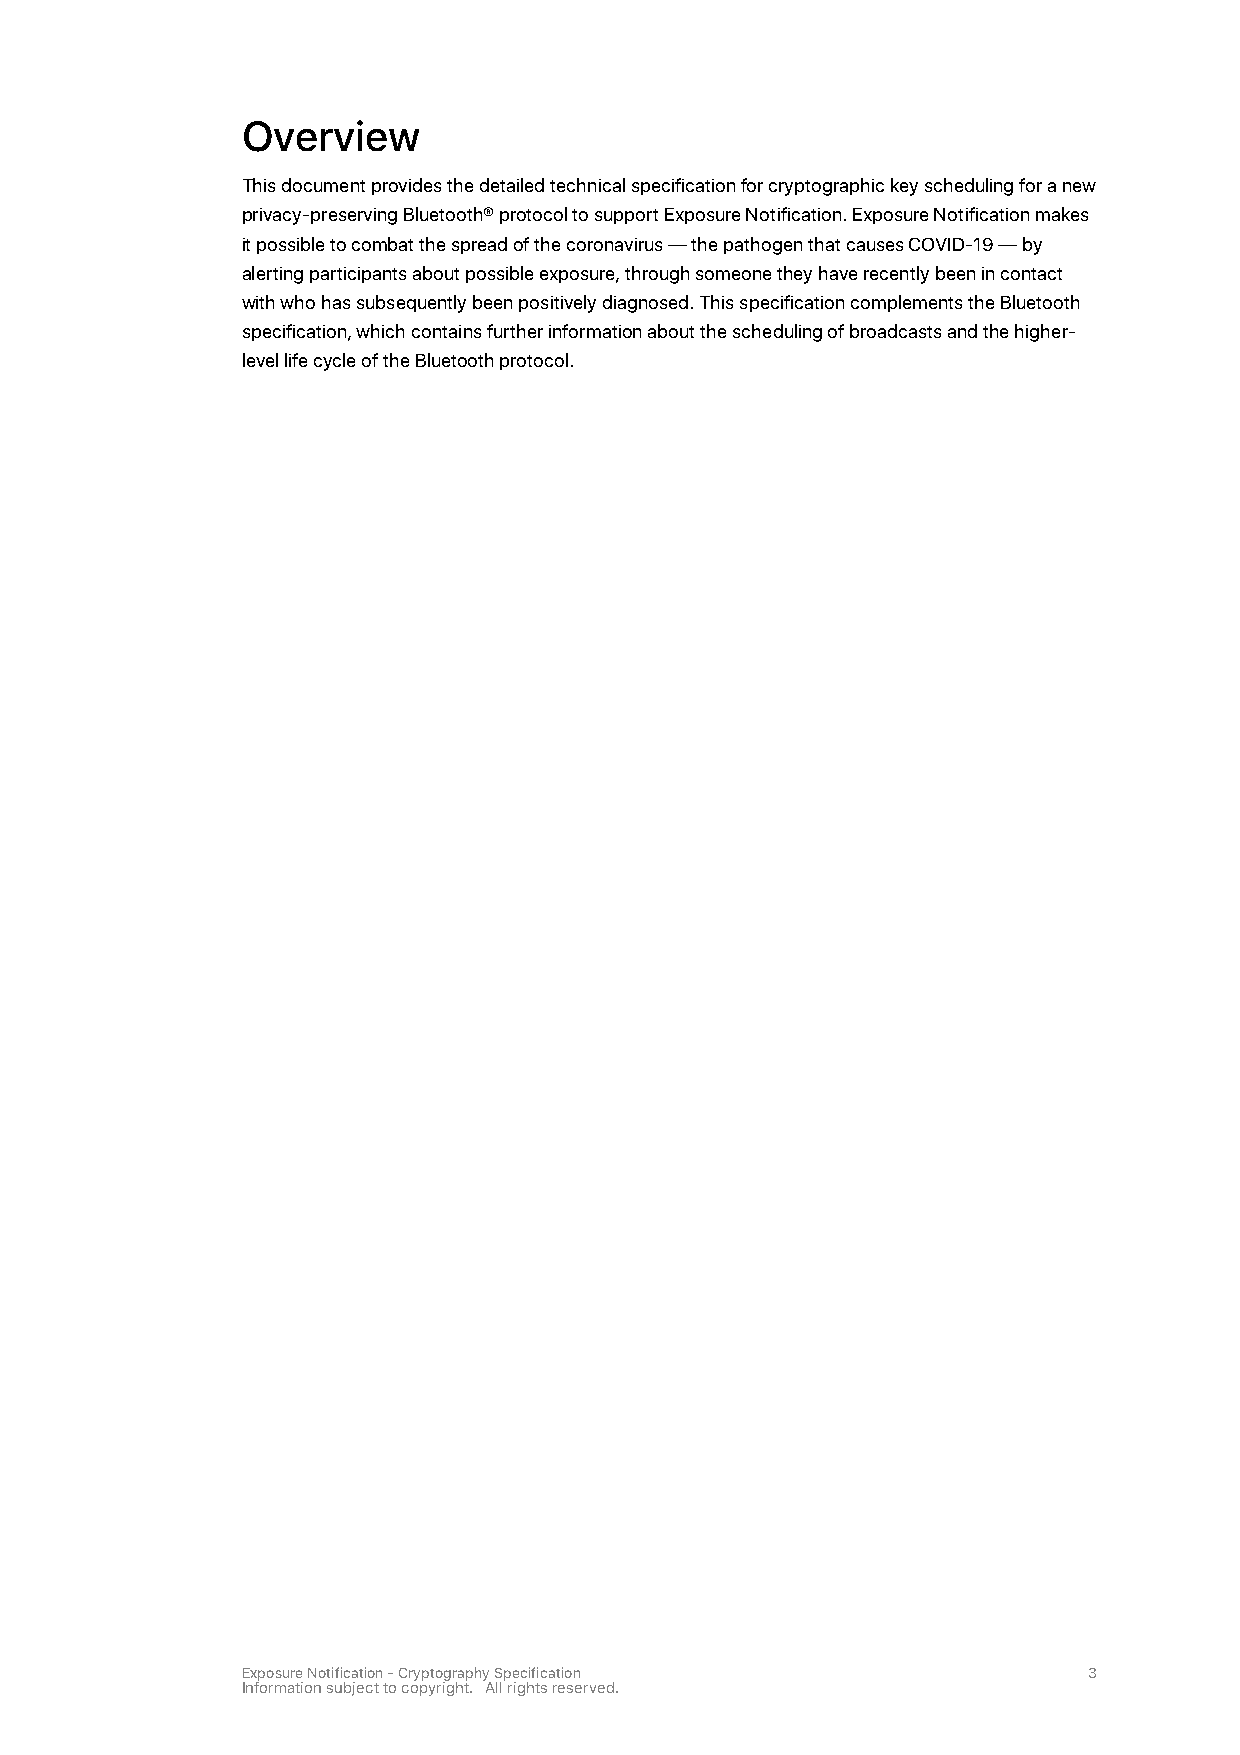
Overview
 This document provides the detailed technical specification for cryptographic key scheduling for a new
 privacy-preserving Bluetooth® protocol to support Exposure Notification. Exposure Notification makes
 it possible to combat the spread of the coronavirus — the pathogen that causes COVID-19 — by
 alerting participants about possible exposure, through someone they have recently been in contact
 with who has subsequently been positively diagnosed. This specification complements the Bluetooth
 specification, which contains further information about the scheduling of broadcasts and the higher-
 level life cycle of the Bluetooth protocol.
 Exposure Notification - Cryptography Specification      3
 Information subject to copyright. All rights reserved.